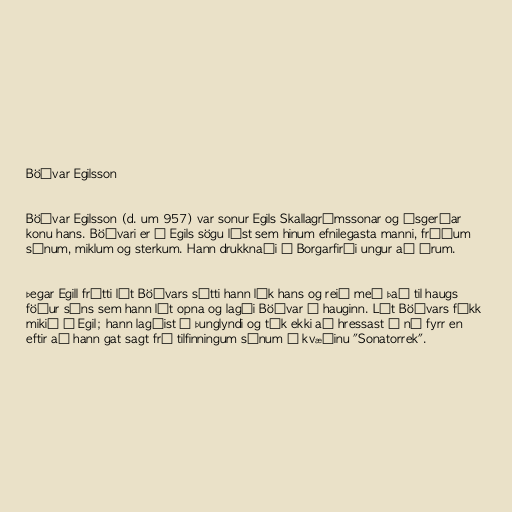
Böðvar Egilsson

Böðvar Egilsson (d. um 957) var sonur Egils Skallagrímssonar og Ásgerðar
konu hans. Böðvari er í Egils sögu lýst sem hinum efnilegasta manni, fríðum
sýnum, miklum og sterkum. Hann drukknaði í Borgarfirði ungur að árum.

Þegar Egill frétti lát Böðvars sótti hann lík hans og reið með það til haugs
föður síns sem hann lét opna og lagði Böðvar í hauginn. Lát Böðvars fékk
mikið á Egil; hann lagðist í þunglyndi og tók ekki að hressast á ný fyrr en
eftir að hann gat sagt frá tilfinningum sínum í kvæðinu "Sonatorrek".